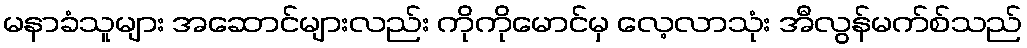
မနာခံသူများ အဆောင်များလည်း ကိုကိုမောင်မှ လေ့လာသုံး အီလွန်မက်စ်သည်